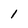
Character: 1